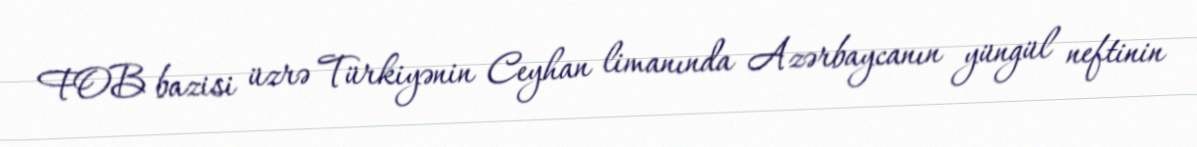
FOB bazisi üzrə Türkiyənin Ceyhan limanında Azərbaycanın yüngül neftinin